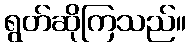
ရွတ်ဆိုကြသည်။